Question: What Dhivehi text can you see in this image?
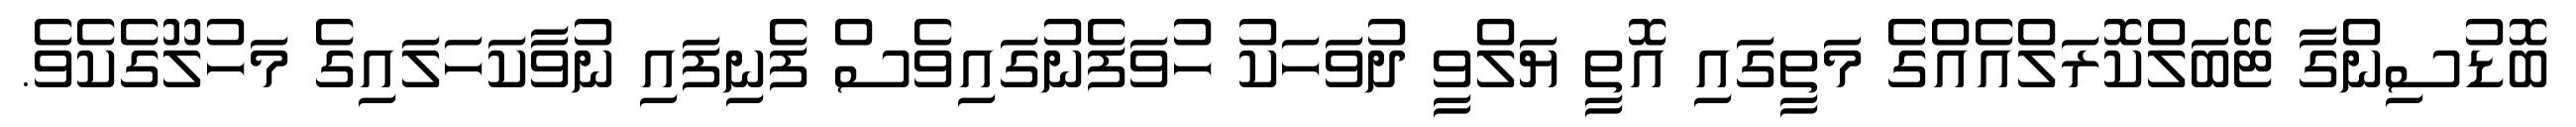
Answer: ބޮޑުސިންގާ ޓޭބަލްކޮރަލްއެއްގެ މަތީގައި އޮތީ ޔަލްވީ ދުވަހަކު ހުވަފެނުގައިވެސް ފެނިފައި ނުވާކަހަލައިގެ މަހުލޫގެކެވެ.